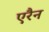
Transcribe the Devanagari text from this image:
एरैन